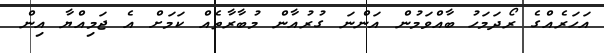
އަހަރެއްގެ ރޯދަމަހު ބާއްވަމުން އަންނަ ގުރުއާން މުބާރާތެއް ކަމަށް އެ ޖަމިއްޔާ އިން